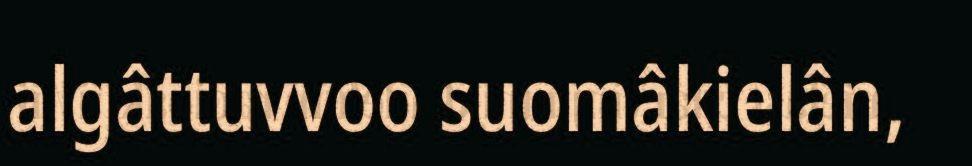
algâttuvvoo suomâkielân,